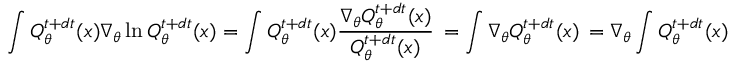
\int Q _ { \theta } ^ { t + d t } ( x ) \nabla _ { \theta } \ln Q _ { \theta } ^ { t + d t } ( x ) = \int Q _ { \theta } ^ { t + d t } ( x ) \frac { \nabla _ { \theta } Q _ { \theta } ^ { t + d t } ( x ) } { Q _ { \theta } ^ { t + d t } ( x ) } \, = \int \nabla _ { \theta } Q _ { \theta } ^ { t + d t } ( x ) \, = \nabla _ { \theta } \int Q _ { \theta } ^ { t + d t } ( x ) \, = \nabla _ { \theta } 1 \, = 0 .